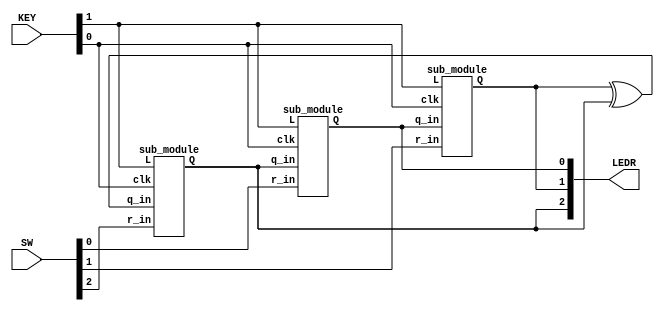
module top_module (
	input [2:0] SW,      // R
	input [1:0] KEY,     // L and clk
	output [2:0] LEDR);  // Q

  wire temp0;

  sub_module u_sub_module_0(
  	.clk  (KEY[0]),
    .L    (KEY[1]),
    .r_in (SW[0]),
    .q_in (LEDR[2]),
    .Q    (LEDR[0])
  );

  sub_module u_sub_module_1(
  	.clk  (KEY[0]),
    .L    (KEY[1]),
    .r_in (SW[1]),
    .q_in (LEDR[0]),
    .Q    (LEDR[1])
  );

  assign temp0 = LEDR[1] ^ LEDR[2];
  sub_module u_sub_module_2(
  	.clk  (KEY[0]),
    .L    (KEY[1]),
    .r_in (SW[2]),
    .q_in (temp0),
    .Q    (LEDR[2])
  );

endmodule



module sub_module(
	input clk,
	input L,
	input r_in,
	input q_in,
	output reg Q);

  wire a;
  assign a = L ? r_in : q_in;

  always @(posedge clk) begin
    Q <= a;
  end

endmodule